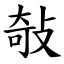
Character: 敧